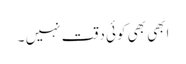
ابھی بھی کوئی دقت نہیں‌ ۔